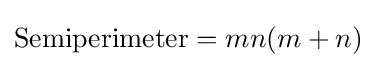
{\text{Semiperimeter}}=mn(m+n)